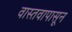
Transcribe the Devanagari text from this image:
वास्तवापासून